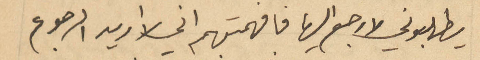
يطلبوني لارجع اليها فافهمتهم اني لا اريد الرجوع